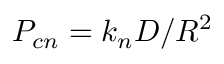
P _ { c n } = k _ { n } D / R ^ { 2 }